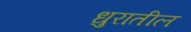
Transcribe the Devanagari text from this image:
धुरातील